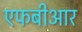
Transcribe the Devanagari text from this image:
एफबीआर